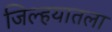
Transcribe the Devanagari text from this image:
जिल्हयातला